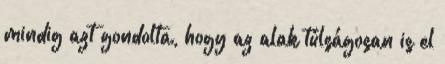
mindig azt gondolta, hogy az alak túlságosan is el